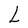
Character: L